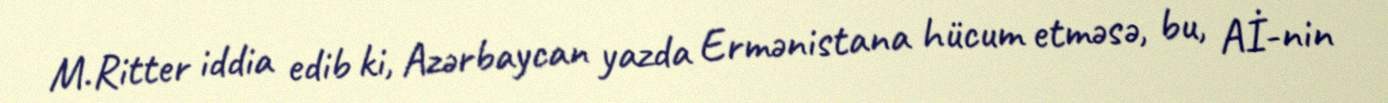
M.Ritter iddia edib ki, Azərbaycan yazda Ermənistana hücum etməsə, bu, Aİ-nin